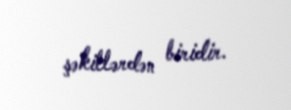
şəkillərdən biridir.